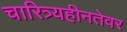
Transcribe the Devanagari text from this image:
चारित्र्यहीनतेवर